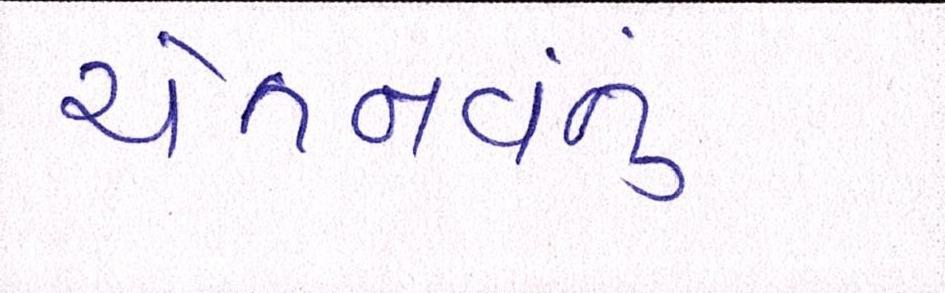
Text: ચેતનવંતું